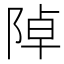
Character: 𨺑